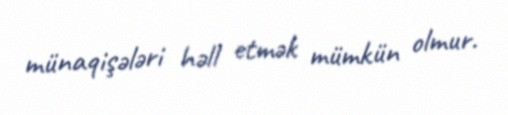
münaqişələri həll etmək mümkün olmur.